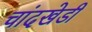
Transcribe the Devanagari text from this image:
चांदखेडी